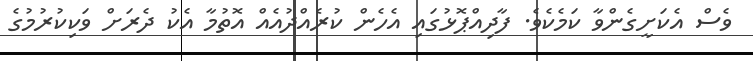
ވެސް އެކަށީގެންވާ ކަމެކެވެ. ފާދިއްޕޮޅުގައި އެހެން ކުރެއްދުއެއް އޮތުމާ އެކު ދެރަށް ވަކިކުރުމުގެ